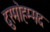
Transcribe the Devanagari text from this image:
दुरमोहम्मद